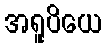
အရူပိယေ